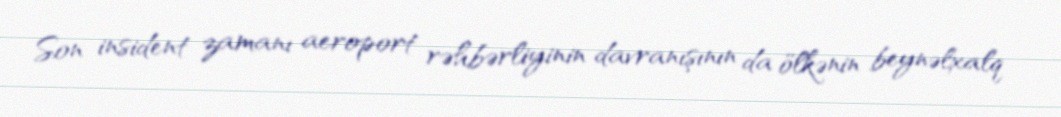
Son insident zamanı aeroport rəhbərliyinin davranışının da ölkənin beynəlxalq